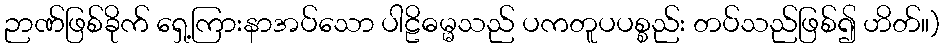
ဉာဏ်ဖြစ်ခိုက် ရှေ့ကြားနာအပ်သော ပါဠိဓမ္မသည် ပကတူပပစ္စည်း တပ်သည်ဖြစ်၍ ဟိတ်။)